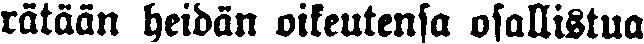
rätään heidän oikeutensa osallistua